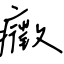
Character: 癥